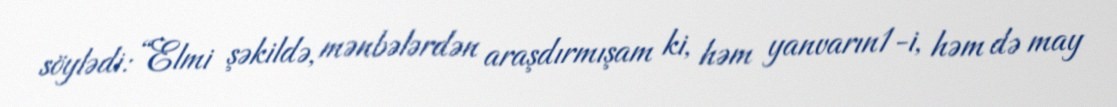
söylədi: “Elmi şəkildə, mənbələrdən araşdırmışam ki, həm yanvarın1-i, həm də may